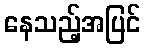
နေသည့်အပြင်